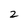
Character: 2